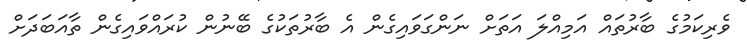
ވެރިކަމުގެ ބާރުތައް އަމިއްލަ އަތަށް ނަންގަވައިގެން އެ ބާރުތަކުގެ ބޭނުން ކުރައްވައިގެން ތާއަބަދަށް